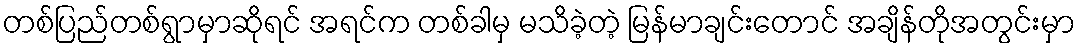
တစ်ပြည်တစ်ရွာမှာဆိုရင် အရင်က တစ်ခါမှ မသိခဲ့တဲ့ မြန်မာချင်းတောင် အချိန်တိုအတွင်းမှာ